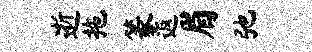
逝拖篆返眉弛